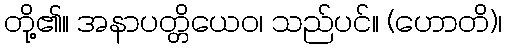
တို့၏။ အနာပတ္တိယေဝ၊ သည်ပင်။ (ဟောတိ)၊